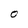
Character: O